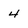
Character: 4